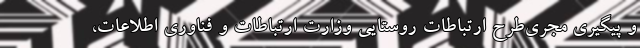
و پیگیری مجری‌طرح ارتباطات روستایی وزارت ارتباطات و فناوری اطلاعات،